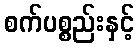
စက်ပစ္စည်းနှင့်